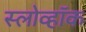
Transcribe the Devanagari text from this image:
स्लोव्हॉक